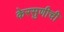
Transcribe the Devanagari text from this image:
केरसुणीची